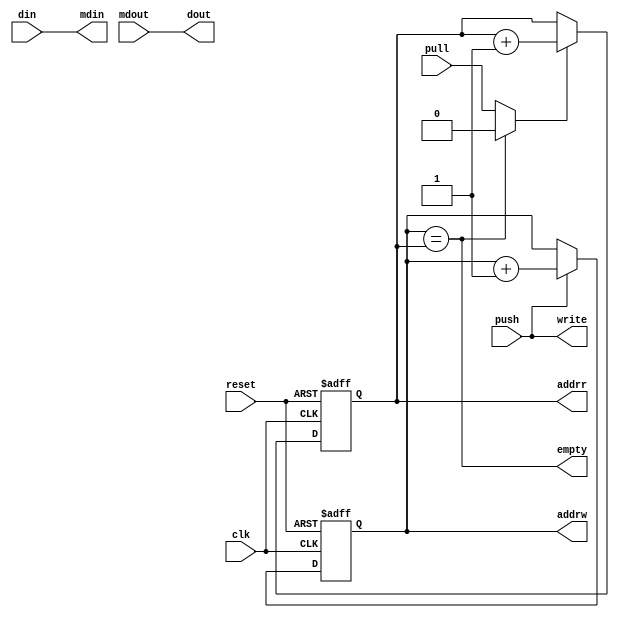
module fifooneflag(clk, reset, push, din,pull, empty, dout, addrw, mdin, write, addrr, mdout);

//`timescale 1ns/100ps

input clk, reset, push, pull;
input [7:0] din, mdout;
output empty, write;
output[7:0] dout, mdin;
output[15:0] addrw, addrr;

//wire full;
wire empty;

wire write;
wire read;
wire [7:0] dout; 
wire [7:0] mdin;
reg [15:0] addrw, addrr;

//write
assign write = push;
assign mdin = din;

//write address
always @(posedge clk or posedge reset)
begin
if(reset) begin
addrw <= 16'h0;
end
else if(write == 1'b1)
addrw <= #1 addrw + 1;
end

//read
assign read = empty ? 1'b0 : pull;
assign dout = mdout;

//read address
always @(posedge clk or posedge reset)
begin
if(reset)
addrr <= 16'h0;
else if(read == 1'b1)
addrr <= #1 addrr + 1;
end

//Full
//assign full = ( (addrw+1) == addrr);
//Empty
assign empty = (addrw == addrr);

endmodule